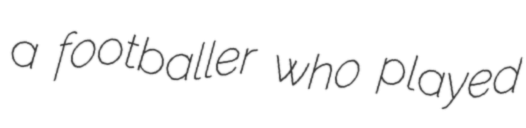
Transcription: a footballer who played